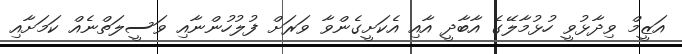
އަޒީމް ވިދާޅުވީ ހުޅުމާލޭގެ އާބާދީ އާއި އެކަށީގެންވާ ވަރަށް ފުލުހުންނާއި ވަސީލަތްނެއް ކަމަށާއި